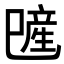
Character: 𪩯